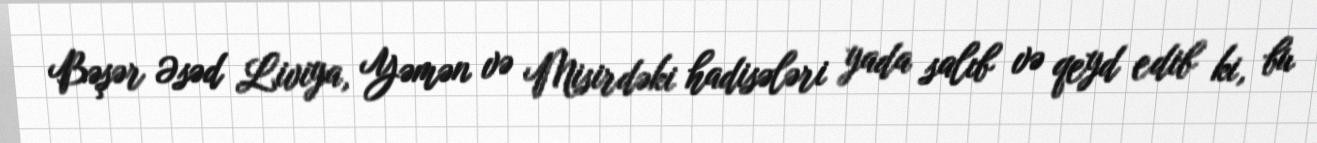
Bəşər Əsəd Liviya, Yəmən və Misirdəki hadisələri yada salıb və qeyd edib ki, bu